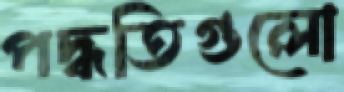
পদ্ধতিগুলো